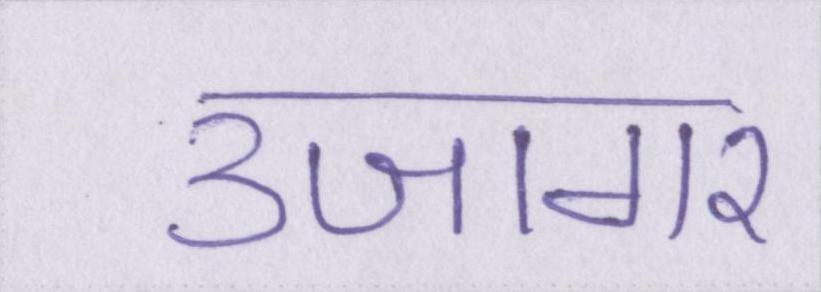
उजागर